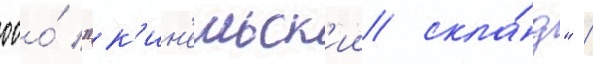
ооо́ "к'ин'ельск'ии скла́д" /